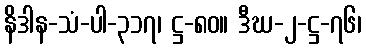
နိဒါန-သံ-ပါ-၃၁၇၊ ဋ္ဌ-၈၀။ ဒီဃ-၂-ဋ္ဌ-၇၆၊